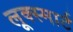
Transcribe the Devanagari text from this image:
लूक्स्मार्ट